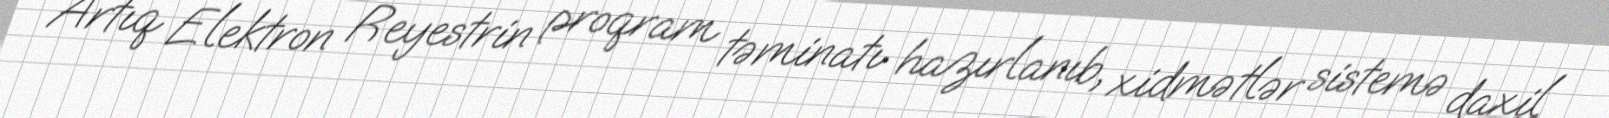
Artıq Elektron Reyestrin proqram təminatı hazırlanıb, xidmətlər sistemə daxil